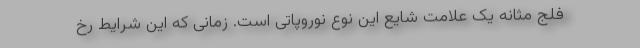
فلج مثانه یک علامت شایع این نوع نوروپاتی است. زمانی که این شرایط رخ